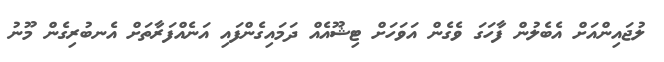
ލުޖައިންއަށް އެބެލުން ފާހަގަ ވެގެން އަވަހަށް ޓިޝޫއެއް ދަމައިގެންފައި އަނެއްފަރާތަށް އެނބުރިގެން މޫނު